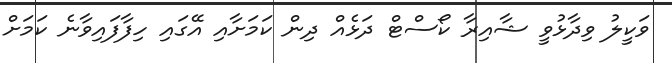
ވަކީލު ވިދާޅުވީ ޝާއިރާ ކޯސްޓް ދަޅެއް ދިން ކަމަށާއި އޭގައި ހިފާފައިވާނެ ކަމަށް